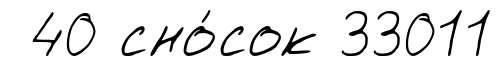
40 сно́сок 33011